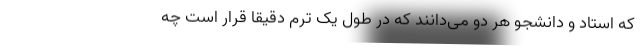
که استاد و دانشجو هر دو می‌دانند که در طول یک ترم دقیقا قرار است چه